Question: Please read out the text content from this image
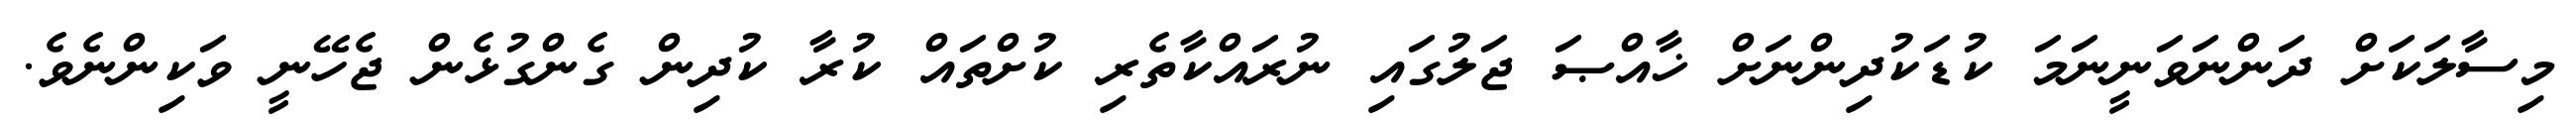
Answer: މިސާލަކަށް ދަންނަވަނީނަމަ ކުޑަކުދިންނަށް ޚާއްޞަ ޖަލުގައި ނުރައްކާތެރި ކުށްތައް ކުރާ ކުދިން ގެންގުޅެން ޖެހޭނީ ވަކިންނެވެ.